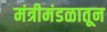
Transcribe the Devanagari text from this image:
मंत्रीमंडळातून